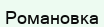
Романовка